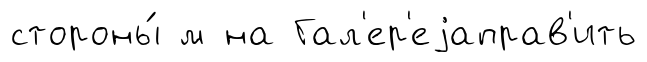
стороны́ м на Гал'ер'еjаправ'ить